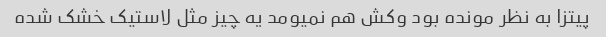
پیتزا به نظر مونده بود وکش هم نمیومد یه چیز مثل لاستیک خشک شده